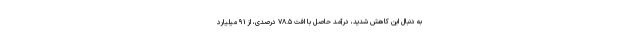
به دنبال این کاهش شدید، درآمد حاصل با افت ۷۸.۵ درصدی، از ۹۱ میلیارد